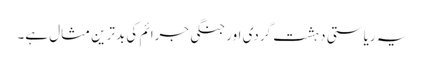
یہ ریاستی دہشت گردی اور جنگی جرائم کی بدترین مثال ہے۔